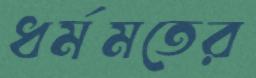
ধর্মমতের